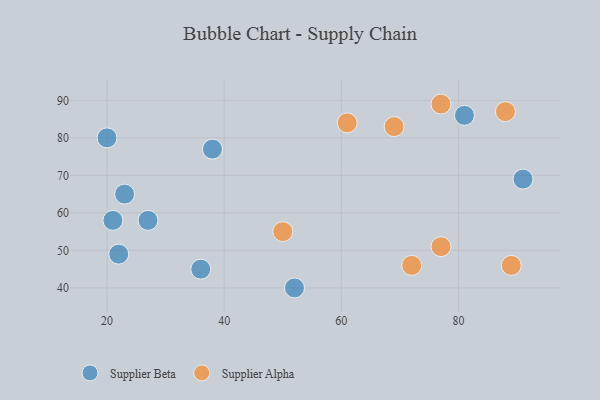
{"axis": {"x": "GDP", "y": "Life Expectancy"}, "legend": ["Supplier Alpha", "Supplier Beta"], "data": [{"x": "27", "y": 58, "type": "Supplier Beta"}, {"x": "36", "y": 45, "type": "Supplier Beta"}, {"x": "38", "y": 77, "type": "Supplier Beta"}, {"x": "81", "y": 86, "type": "Supplier Beta"}, {"x": "22", "y": 49, "type": "Supplier Beta"}, {"x": "52", "y": 40, "type": "Supplier Beta"}, {"x": "91", "y": 69, "type": "Supplier Beta"}, {"x": "21", "y": 58, "type": "Supplier Beta"}, {"x": "20", "y": 80, "type": "Supplier Beta"}, {"x": "23", "y": 65, "type": "Supplier Beta"}, {"x": "88", "y": 87, "type": "Supplier Alpha"}, {"x": "72", "y": 46, "type": "Supplier Alpha"}, {"x": "77", "y": 51, "type": "Supplier Alpha"}, {"x": "69", "y": 83, "type": "Supplier Alpha"}, {"x": "89", "y": 46, "type": "Supplier Alpha"}, {"x": "61", "y": 84, "type": "Supplier Alpha"}, {"x": "50", "y": 55, "type": "Supplier Alpha"}, {"x": "77", "y": 89, "type": "Supplier Alpha"}]}